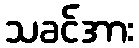
သခင်အား